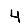
Digit: 4